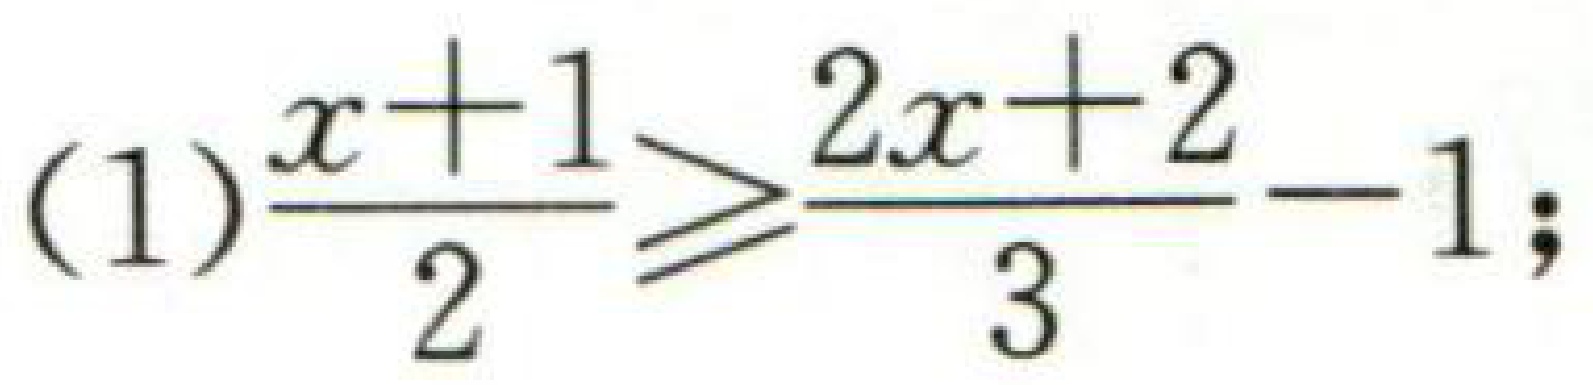
(1)$\frac{x + 1}{2} \geqslant \frac{2x + 2}{3}-1;$